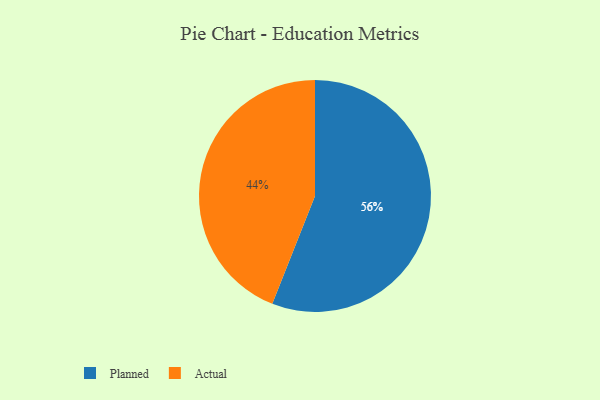
{"axis": {"x": "Category", "y": "Percentage"}, "legend": ["Actual", "Planned"], "data": [{"x": "Planned", "y": 56, "type": "Planned"}, {"x": "Actual", "y": 44, "type": "Actual"}]}